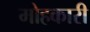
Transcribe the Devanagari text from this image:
मोहकारी